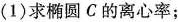
(1)求椭圆C的离心率；